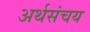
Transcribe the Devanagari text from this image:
अर्थसंचय